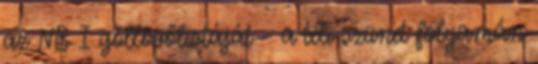
az NB I góllövőlistáját - a téli szünet folyamán